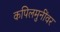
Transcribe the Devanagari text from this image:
कपिलमुनींवर